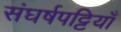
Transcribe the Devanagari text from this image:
संघर्षपट्टियाँ